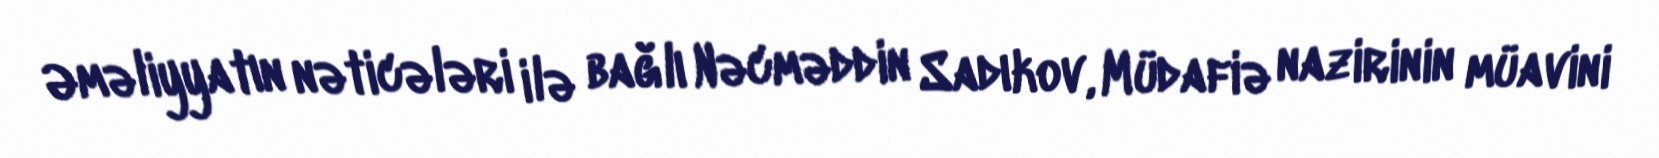
Əməliyyatın nəticələri ilə bağlı Nəcməddin Sadıkov, Müdafiə nazirinin müavini